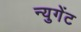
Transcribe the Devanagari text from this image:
न्युगेंट